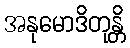
အနုမောဒိတုန္တိ